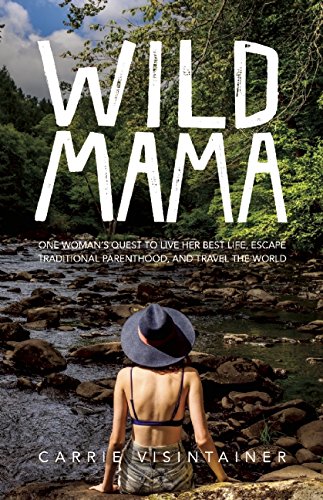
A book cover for Wild Mama: One Woman's Quest to Live Her Best Life, Escape Traditional Parenthood, and Travel the World; Carrie Visintainer; Travel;